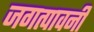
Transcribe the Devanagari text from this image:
जगत्पावनी